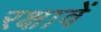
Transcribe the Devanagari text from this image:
रक्षावें